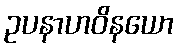
ဥပနာဟဝိနယော